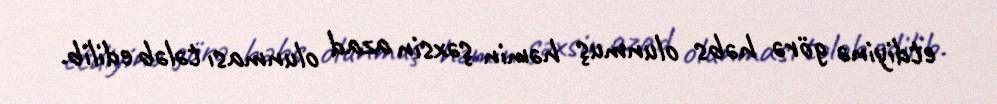
etdiyinə görə həbs olunmuş həmin şəxsin azad olunması tələb edilib.